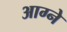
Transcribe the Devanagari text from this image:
आग्ने